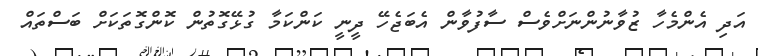
އަދި އެންމެހާ ޒުވާނުންނަށްވެސް ސާފުވާން އެބަޖެހޭ ދީނީ ކަންކަމާ ގުޅޭގޮތުން ކޮންގޮތަކަށް ބަސްތައް